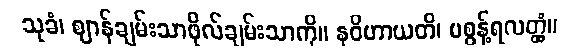
သုခံ၊ ဈာန်ချမ်းသာဖိုလ်ချမ်းသာကို။ နဝိဟာယတိ၊ မစွန့်ရလတ္တံ့။